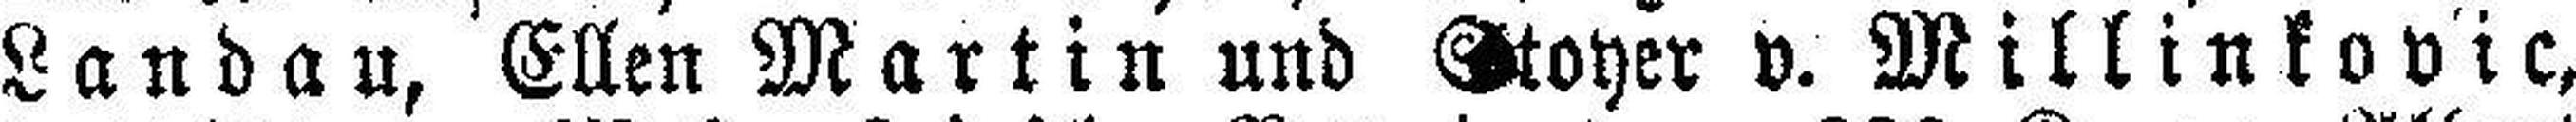
Landau, Ellen Martin und Stoyer v. Millinkovic,